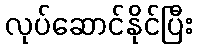
လုပ်ဆောင်နိုင်ပြီး